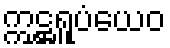
ဣဋ္ဌရူပံယေဝ